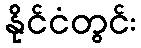
နိုင်ငံတွင်း